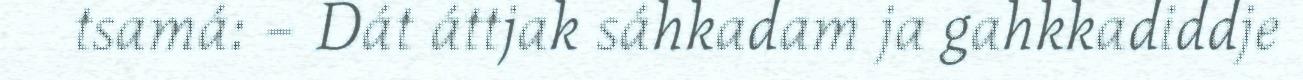
tsamá: – Dát áttjak sáhkadam ja gahkkadiddje